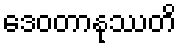
ဒေဝတာနုဿတိ